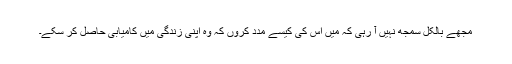
مجھے بالکل سمجھ نہیں آ رہی کہ میں اس کی کیسے مدد کروں کہ وہ اپنی زندگی میں کامیابی حاصل کر سکے۔